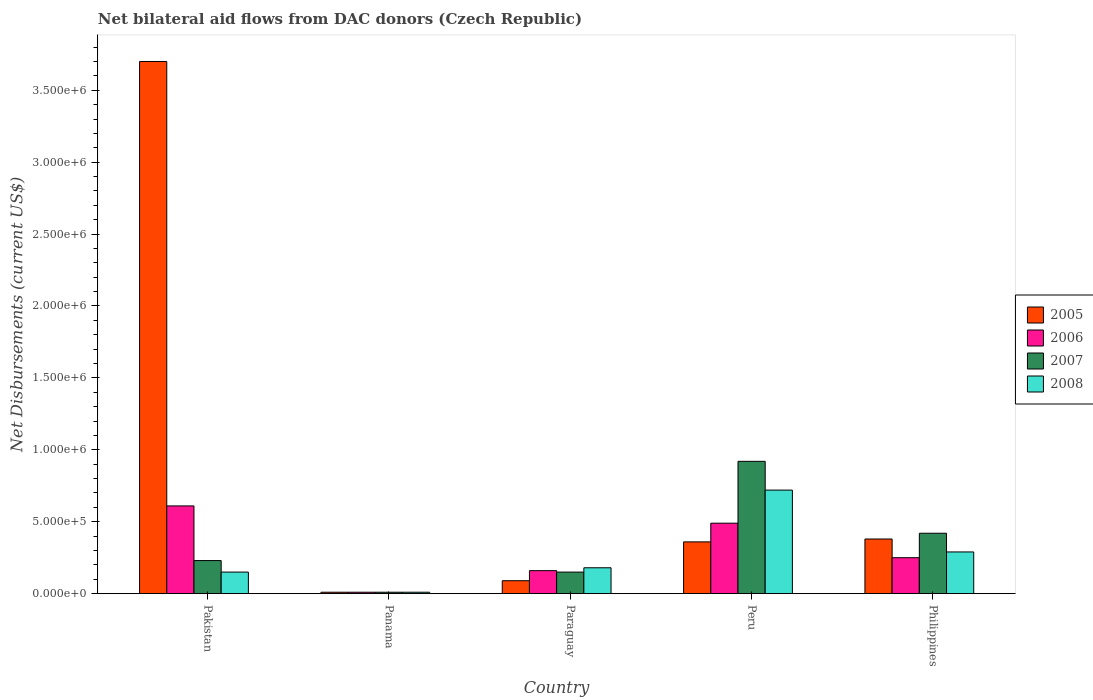
| Country | 2005 | 2006 | 2007 | 2008 |
 | --- | --- | --- | --- | --- |
 | Pakistan | 3.7e+06 | 6.1e+05 | 2.3e+05 | 1.5e+05 |
 | Panama | 1e+04 | 1e+04 | 1e+04 | 1e+04 |
 | Paraguay | 9e+04 | 1.6e+05 | 1.5e+05 | 1.8e+05 |
 | Peru | 3.6e+05 | 4.9e+05 | 9.2e+05 | 7.2e+05 |
 | Philippines | 3.8e+05 | 2.5e+05 | 4.2e+05 | 2.9e+05 |